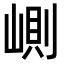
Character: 𡺢